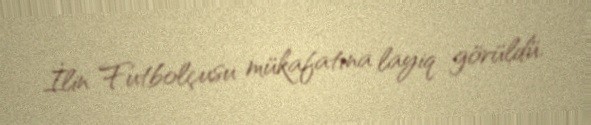
İlin Futbolçusu mükafatına layiq görüldü.